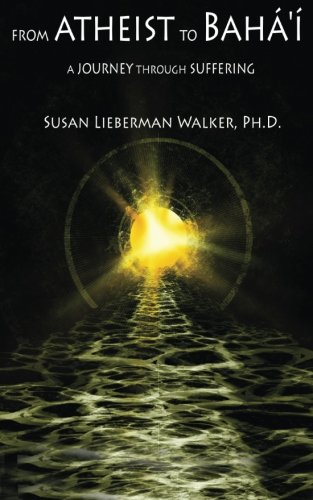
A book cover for From Atheist to BahÃ¡'Ã­: A Journey Through Suffering; Susan Lieberman Walker Ph.D.; Religion & Spirituality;